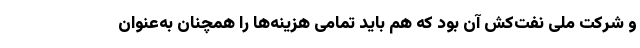
و شرکت ملی نفت‌کش آن بود که هم باید تمامی هزینه‌ها را همچنان به‌عنوان